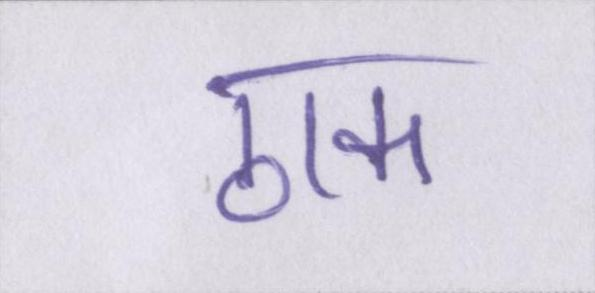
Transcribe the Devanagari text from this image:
ठाक